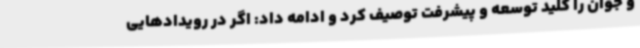
و جوان را کلید توسعه و پیشرفت توصیف کرد و ادامه داد: اگر در رویدادهایی